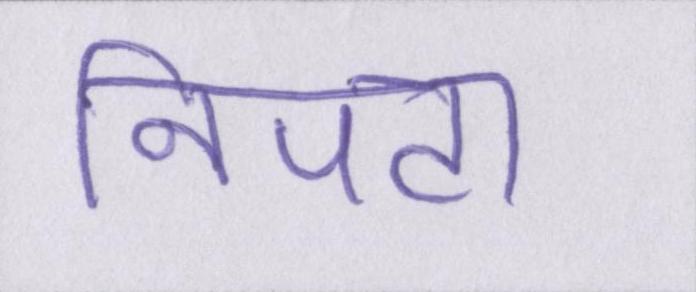
निपटा